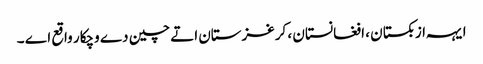
ایہہ ازبکستان ، افغانستان ، کرغزستان اتے چین دے وچکار واقع اے ۔